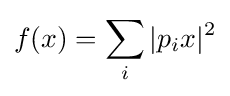
f(x)=\sum _{i}|p_{i}x|^{2}